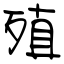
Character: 殖